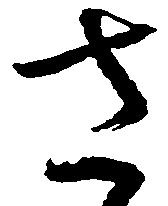
さ